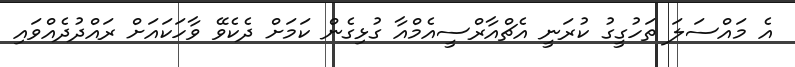
އެ މައްސަލަ ތަހުގީގު ކުރަނީ އެޗްއާރްސީއެމްއާ ގުޅިގެން ކަމަށް ދެކެވޭ ވާހަކައަށް ރައްދުދެއްވައި